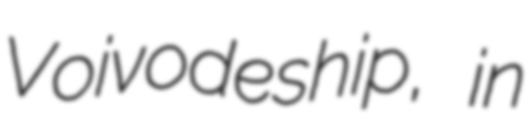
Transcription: Voivodeship, in